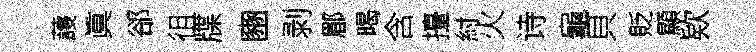
䕶眞郤徂牒豳剥郿暍含擡紂火诗龜貝貶顯欵